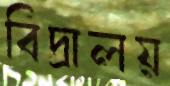
বিদ্রালয়